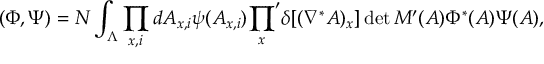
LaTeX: ( \Phi , \Psi ) = N \int _ { \Lambda } \prod _ { x , i } d A _ { x , i } \psi ( A _ { x , i } ) { \prod _ { x } } ^ { \prime } \delta [ ( \nabla ^ { * } A ) _ { x } ] \operatorname * { d e t } M ^ { \prime } ( A ) \Phi ^ { * } ( A ) \Psi ( A ) ,